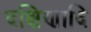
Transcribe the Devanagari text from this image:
दक्षिणादि